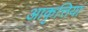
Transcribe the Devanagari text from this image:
आकृत्तियां